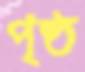
পৃষ্ঠ